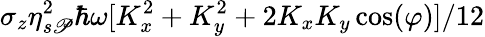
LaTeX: \sigma_{z}\eta_{s\mathscr{P}}^{2}\hbar\omega[K_{x}^{2}+K_{y}^{2}+2K_{x}K_{y}\cos(\varphi)]/12